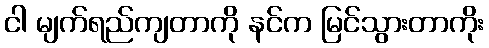
ငါ မျက်ရည်ကျတာကို နင်က မြင်သွားတာကိုး